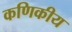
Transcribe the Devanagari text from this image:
कणिकीय